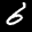
Label: 6